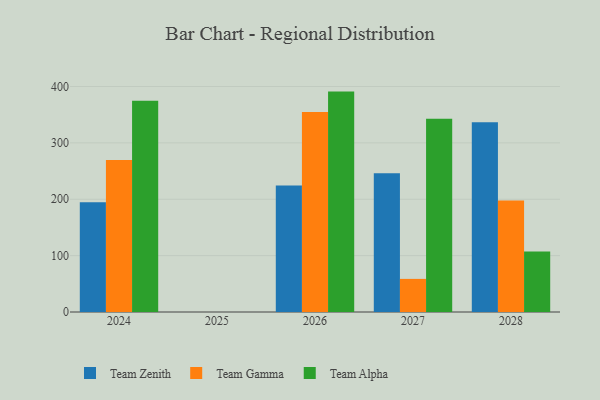
{"axis": {"x": "Year", "y": "Satisfaction Score"}, "legend": ["Team Alpha", "Team Gamma", "Team Zenith"], "data": [{"x": "2026", "y": 224.2, "type": "Team Zenith"}, {"x": "2026", "y": 354.8, "type": "Team Gamma"}, {"x": "2026", "y": 390.9, "type": "Team Alpha"}, {"x": "2028", "y": 336.5, "type": "Team Zenith"}, {"x": "2028", "y": 197.8, "type": "Team Gamma"}, {"x": "2028", "y": 107.2, "type": "Team Alpha"}, {"x": "2027", "y": 246.0, "type": "Team Zenith"}, {"x": "2027", "y": 58.7, "type": "Team Gamma"}, {"x": "2027", "y": 342.9, "type": "Team Alpha"}, {"x": "2024", "y": 194.7, "type": "Team Zenith"}, {"x": "2024", "y": 269.8, "type": "Team Gamma"}, {"x": "2024", "y": 374.8, "type": "Team Alpha"}]}